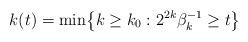
LaTeX: \begin{align*}k(t)=\min\bigl\{k\ge k_0:2^{2k}\beta_k^{-1}\ge t\bigr\}\end{align*}